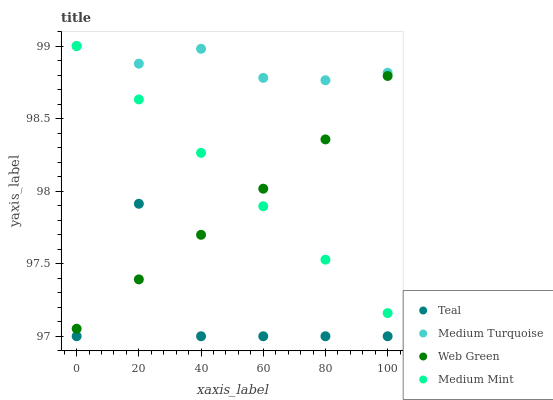
| xaxis_label | Teal | Medium Turquoise | Web Green | Medium Mint |
 | --- | --- | --- | --- | --- |
 | 0 | 97 | 99 | 97.1 | 99 |
 | 20 | 97.9 | 98.9 | 97.4 | 98.6 |
 | 40 | 97 | 99 | 97.7 | 98.3 |
 | 60 | 97 | 98.8 | 98 | 97.9 |
 | 80 | 97 | 98.8 | 98.4 | 97.5 |
 | 100 | 97 | 98.8 | 98.8 | 97.2 |